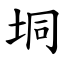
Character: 垌